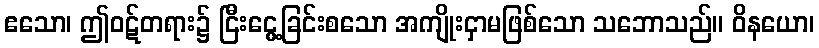
ဧသော၊ ဤဝဋ်တရား၌ ငြီးငွေ့ခြင်းစသော အကျိုးငှာမဖြစ်သော သဘောသည်။ ဝိနယော၊